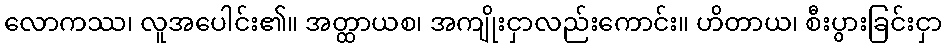
လောကဿ၊ လူအပေါင်း၏။ အတ္ထာယစ၊ အကျိုးငှာလည်းကောင်း။ ဟိတာယ၊ စီးပွားခြင်းငှာ